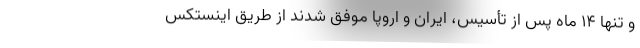
و تنها ۱۴ ماه پس از تأسیس، ایران و اروپا موفق شدند از طریق اینستکس